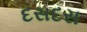
દસદસ